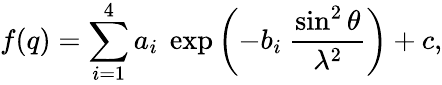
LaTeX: f(q)=\sum_{i=1}^{4}a_{i}\ \exp\left(-b_{i}\ \frac{\sin^{2}\theta}{\lambda^{2}}\right)+c,